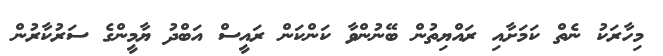
މިހާރަކު ނެތް ކަމަށާއި ރައްޔިތުން ބޭނުންވާ ކަންކަން ރައީސް އަބްދު ޔާމީންގެ ސަރުކާރުން